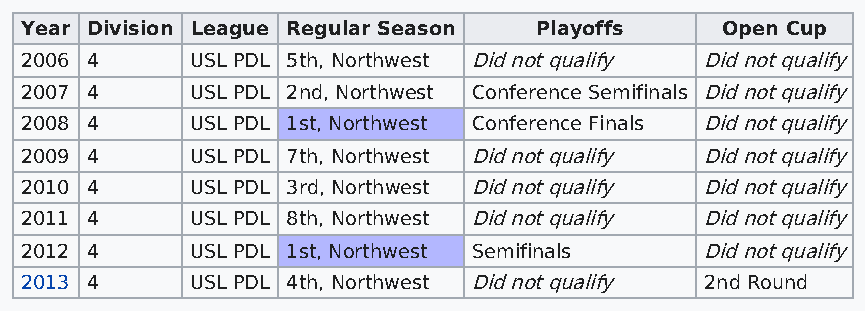
Year Division League Regular Season Playoffs   Open Cup
 2006 4      USL PDL 5th, Northwest Did not qualify Did not qualify
 2007 4      USL PDL 2nd, Northwest Conference Semifinals Did not qualify
 2008 4      USL PDL 1st, Northwest Conference Finals Did not qualify
 2009 4      USL PDL 7th, Northwest Did not qualify Did not qualify
 2010 4      USL PDL 3rd, Northwest Did not qualify Did not qualify
 2011 4      USL PDL 8th, Northwest Did not qualify Did not qualify
 2012 4      USL PDL 1st, Northwest Semifinals Did not qualify
 2013 4      USL PDL 4th, Northwest Did not qualify 2nd Round